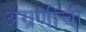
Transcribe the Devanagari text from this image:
अग्रणीची